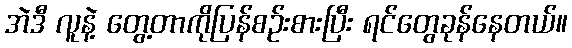
အဲဒီ လူနဲ့ တွေ့တာကိုပြန်စဉ်းစားပြီး ရင်တွေခုန်နေတယ်။